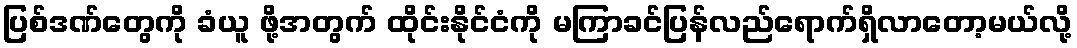
ပြစ်ဒဏ်တွေကို ခံယူ ဖို့အတွက် ထိုင်းနိုင်ငံကို မကြာခင်ပြန်လည်ရောက်ရှိလာတော့မယ်လို့